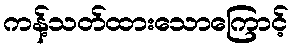
ကန့်သတ်ထားသောကြောင့်